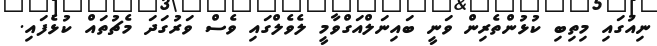
ނިއުގައި މިތިބި ކުޅުންތެރިން ވަނީ ބައިނަލްއަގްވާމީ ލެވެލްގައި ވެސް ވަރުގަދަ މެޗުތައް ކުޅެފައި.